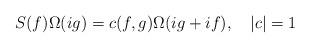
LaTeX: \begin{align*}S(f)\Omega (ig)=c(f,g)\Omega (ig+if),\quad \left| c\right| =1\end{align*}